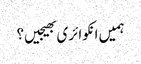
ہمیں انکوائری بھیجیں؟